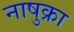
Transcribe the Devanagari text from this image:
नाषुक्रा